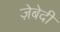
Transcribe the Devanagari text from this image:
ज़ेबेदी